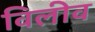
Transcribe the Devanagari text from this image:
विलीव